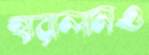
হারালামও